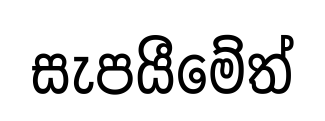
සැපයීමේත්